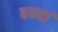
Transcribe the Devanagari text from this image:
बन्नां